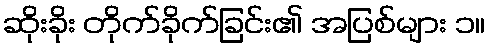
ဆိုးခိုး တိုက်ခိုက်ခြင်း၏ အပြစ်များ ၁။